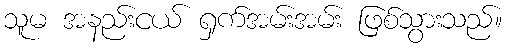
သူမ အနည်းငယ် ရှက်အမ်းအမ်း ဖြစ်သွားသည်။